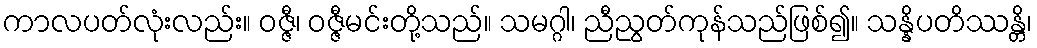
ကာလပတ်လုံးလည်း။ ဝဇ္ဇီ၊ ဝဇ္ဇီမင်းတို့သည်။ သမဂ္ဂါ၊ ညီညွတ်ကုန်သည်ဖြစ်၍။ သန္နိပတိဿန္တိ၊